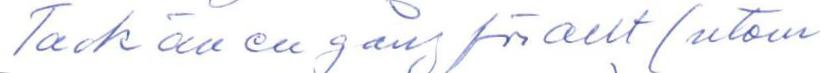
Tack äv en gång för allt (utom